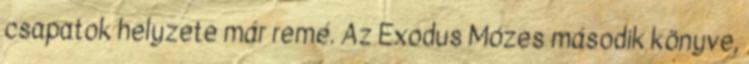
csapatok helyzete már remé. Az Exodus Mózes második könyve,